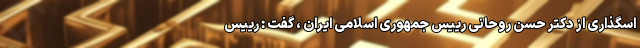
اسگذاری از دکتر حسن روحانی رییس جمهوری اسلامی ایران ، گفت : رییس